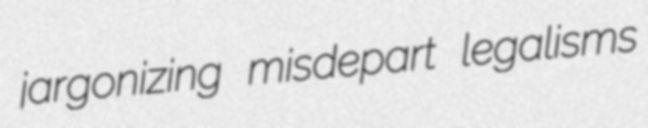
jargonizing misdepart legalisms